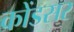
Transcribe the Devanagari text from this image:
कोंडसर